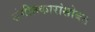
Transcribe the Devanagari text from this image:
संगीतकारांसोबत